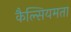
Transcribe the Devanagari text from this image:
कैल्सियमता